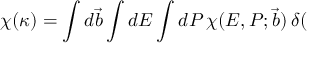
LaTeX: \chi ( \kappa ) = \int d \vec { b } \int d E \int d P \, \chi ( E , P ; \vec { b } ) \, \delta (